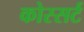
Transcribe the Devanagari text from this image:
कोस्सर्ट